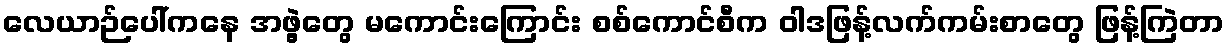
လေယာဉ်ပေါ်ကနေ အဖွဲ့တွေ မကောင်းကြောင်း စစ်ကောင်စီက ဝါဒဖြန့်လက်ကမ်းစာတွေ ဖြန့်ကြဲတာ